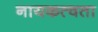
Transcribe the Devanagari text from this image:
नायकत्वता